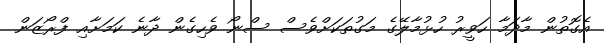
އެގޮތުން މާދަމާ ހަވީރު ހުޅުމާލޭގެ މަގުތަކަށްވެސް ސްނޯ ވެހިގެން ދާނެ ކަމަށާއި ފްރޯޒަން